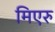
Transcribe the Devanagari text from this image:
मिएरु